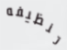
تنظيفه